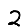
Digit: 2